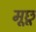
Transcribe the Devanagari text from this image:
मूछू